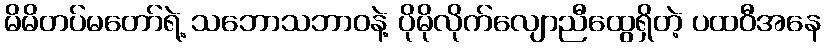
မိမိတပ်မတော်ရဲ့ သဘောသဘာဝနဲ့ ပိုမိုလိုက်လျောညီထွေရှိတဲ့ ပထဝီအနေ